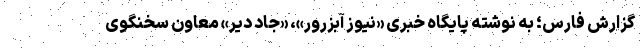
گزارش فارس؛ به نوشته پایگاه خبری «نیوز آبزرور»، «جاد دیر» معاون سخنگوی